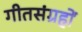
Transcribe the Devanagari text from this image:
गीतसंग्रहों